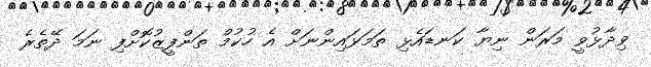
ވިދާޅުވީ މަރަން ނިޔާ ކަނޑައެޅި ތަމަޅައިންނަށް އެ ހުކުމް ތަންފީޒުކޮށްފި ނަމަ ދޭތެރެ